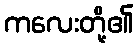
ကလေးတို့၏